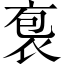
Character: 袌